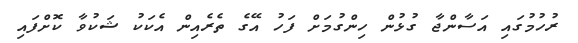
ރުހުމުގައި އަސާންޖާ ގުޅުން ހިންގުމަށް ފަހު އޭގެ ތެރެއިން އެކަކު ޝަކުވާ ކޮށްފައި